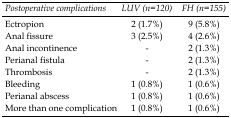
<table><thead><tr><td><b>Postoperative complications</b></td><td><b>LUV (n=120)</b></td><td><b>FH (n=155)</b></td></tr></thead><tbody><tr><td>Ectropion</td><td>2 (1.7%)</td><td>9 (5.8%)</td></tr><tr><td>Anal fissure</td><td>3 (2.5%)</td><td>4 (2.6%)</td></tr><tr><td>Anal incontinence</td><td>-</td><td>2 (1.3%)</td></tr><tr><td>Perianal fistula</td><td>-</td><td>2 (1.3%)</td></tr><tr><td>Thrombosis</td><td>-</td><td>2 (1.3%)</td></tr><tr><td>Bleeding</td><td>1 (0.8%)</td><td>1 (0.6%)</td></tr><tr><td>Perianal abscess</td><td>1 (0.8%)</td><td>1 (0.6%)</td></tr><tr><td>More than one complication</td><td>1 (0.8%)</td><td>1 (0.6%)</td></tr></tbody></table>